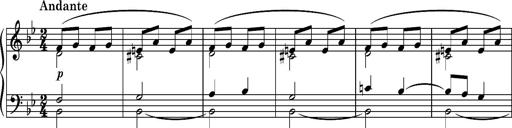
Title: PrÃ©lude Ã¡ la Polka d'Alexandre Porfiryevitch Borodine
Composer: Franz Liszt
Key: B-flat major